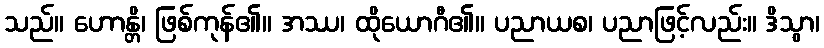
သည်။ ဟောန္တိ၊ ဖြစ်ကုန်၏။ အဿ၊ ထိုယောဂီ၏။ ပညာယစ၊ ပညာဖြင့်လည်း။ ဒိသွာ၊